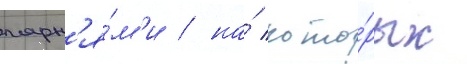
парн'я́м'и / на́ кото́рых